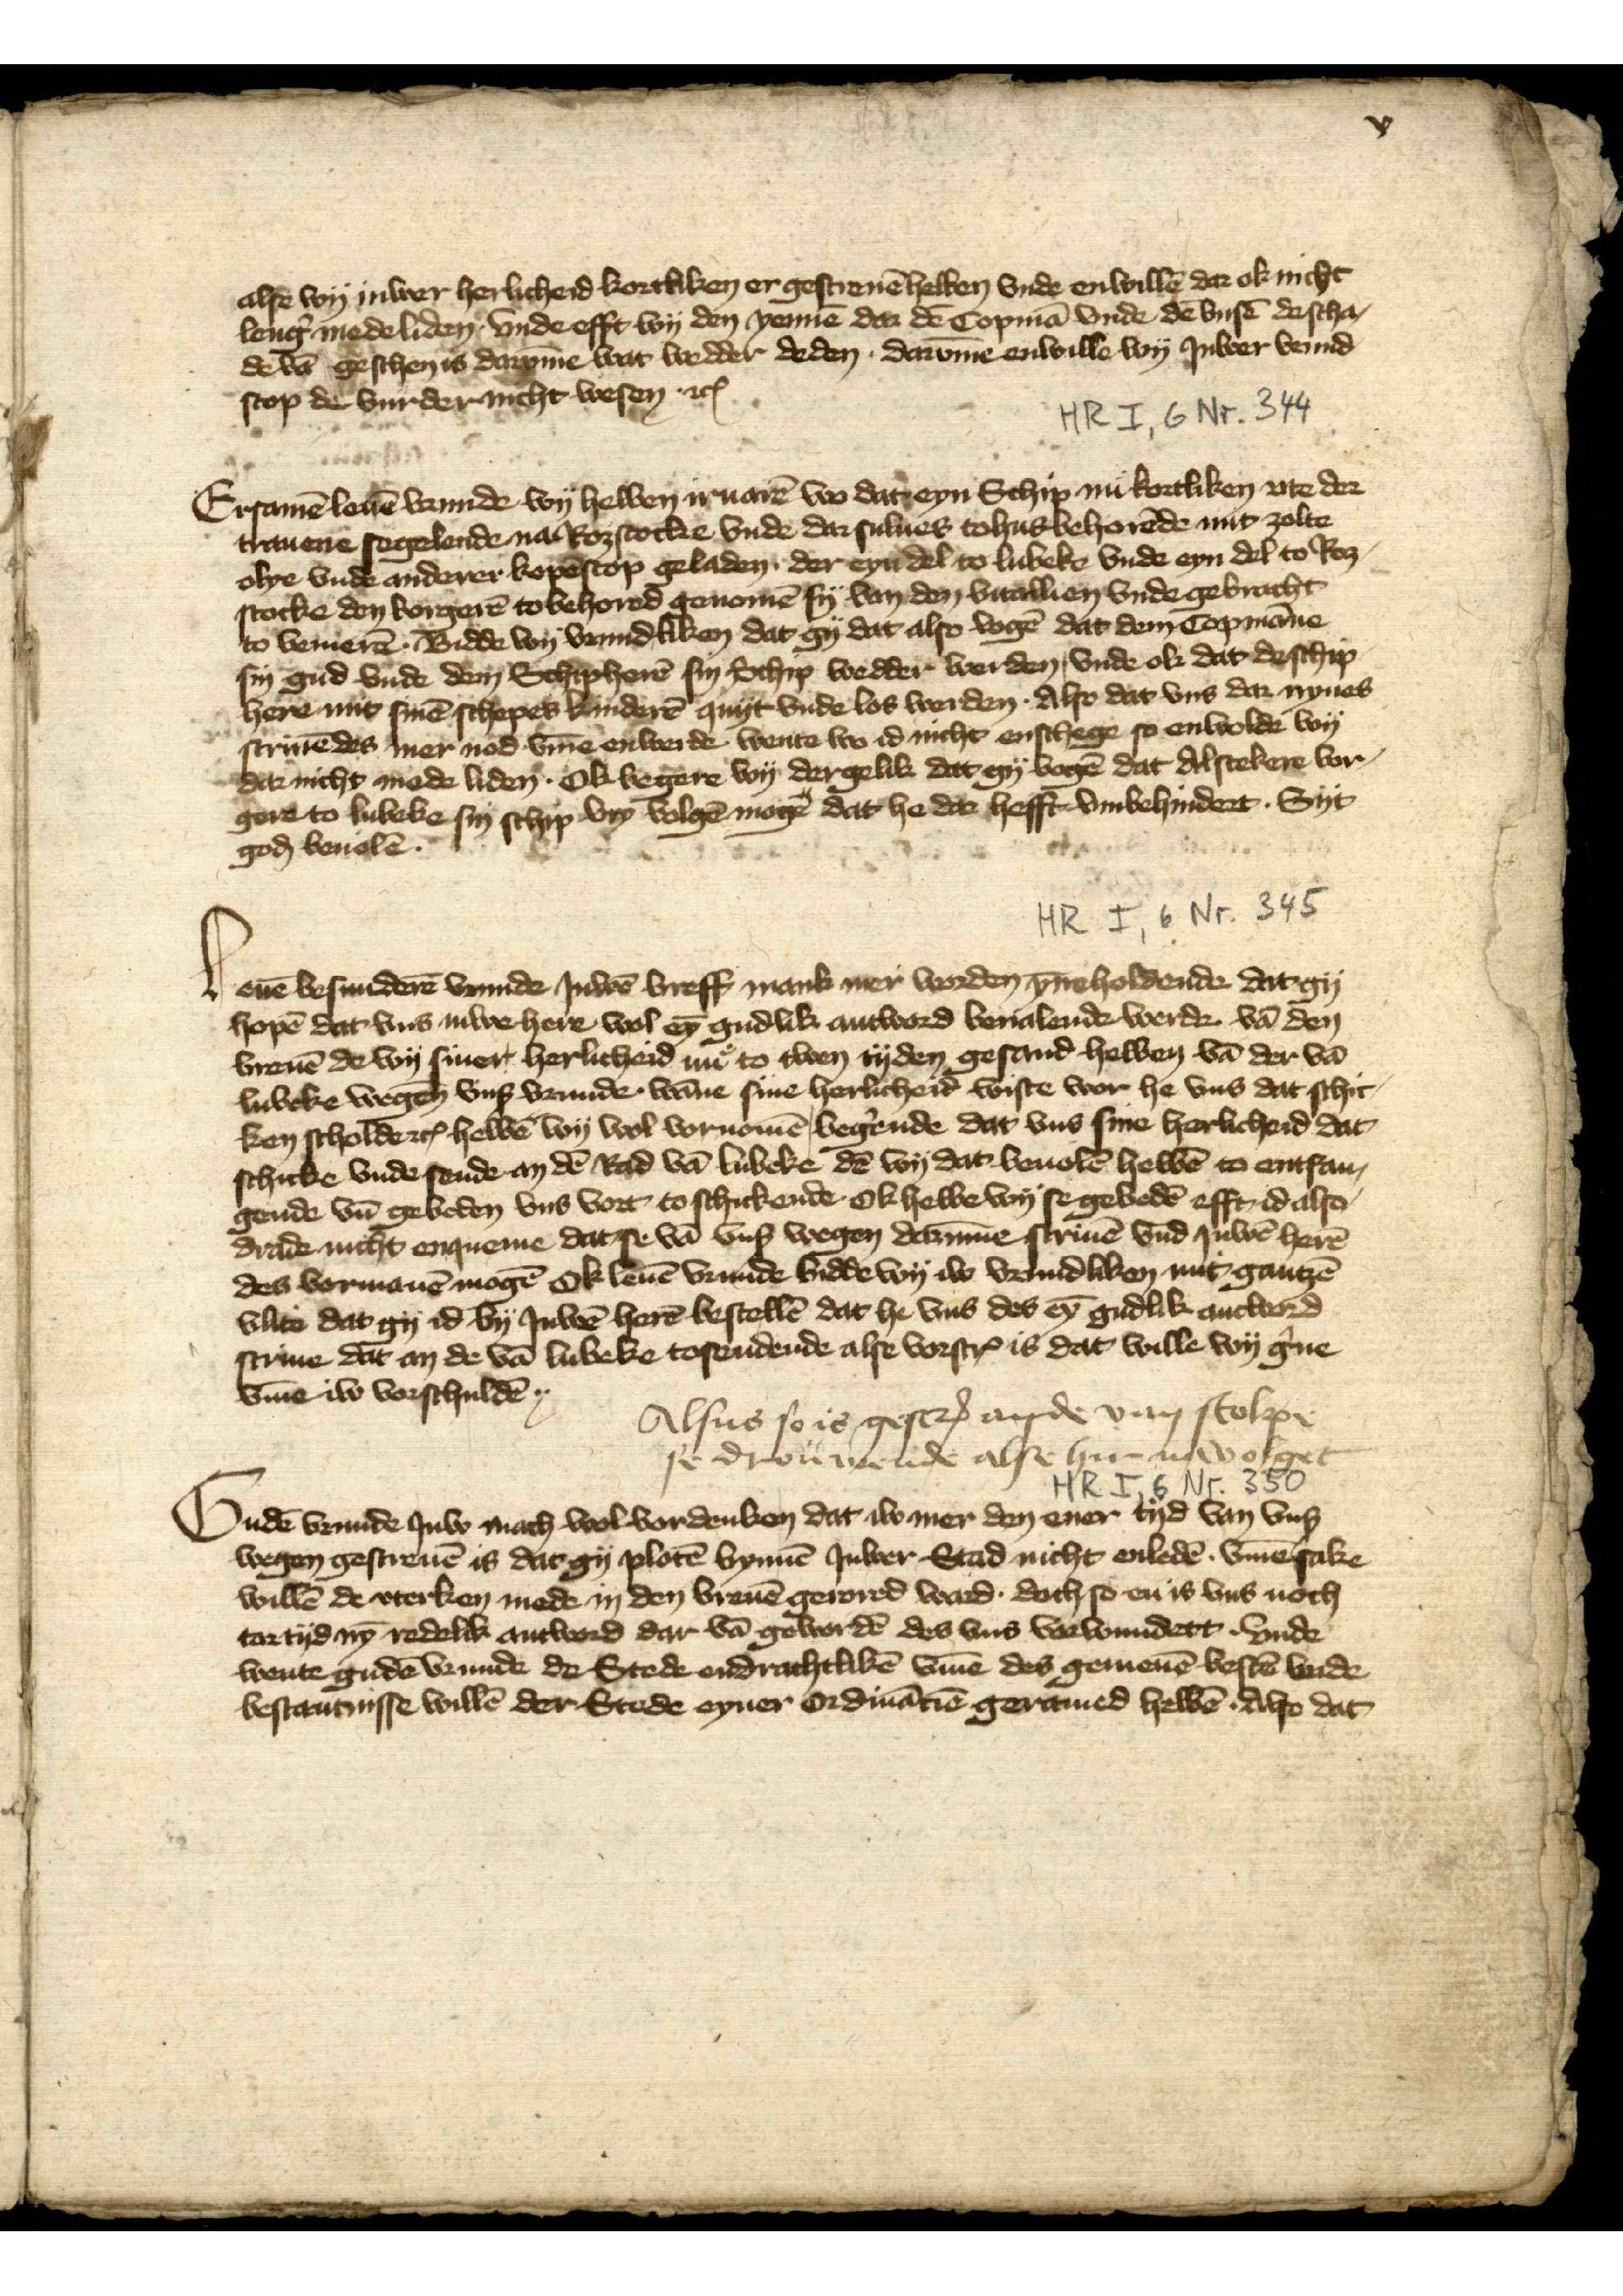
alse wy iuwer herlicheid kortliken er gescreuē hebben vnde enwillē da ok nicht
leng̉ medeliden vnde efft wy den yennē dar dē Copmā vnde dē vnsē de scha¬
de vā geschen is darūme wat wedder deden. darv̄me enwille wy Juwer vrund¬
scop de vurder nicht wesen etꝬ

Ersamē leuē vrunde wy hebben iruarē wo dat eyn Schip nu kortliken vte der
trauene segelende na Rozstocke vnde darsulues tohus behorēde mit zolte
olye vnde anderer kopescop geladen. der eyn del to Lubeke vnde eyn del to Ros¬
stocke den borgerē to behored genomē sy van den vitallien vnde gebracht
to vemerē. Bidde wy vrundliken dat gy dat also vogē dat dem Copmāne
syn gud vnde den Schipherē syn Schip wedder werden, vnde ok dat de schip¬
here mit sinē schepes kinderē quyt vnde los werden. Also dat vns dar nynes
scriuēdes mer nod v̄me enwerde. wente wo id nicht enschege so enwolde wy
dar nicht mede liden. Ok begere wy dergelike dat gy vogē dat Alstekere vor¬
gere to Lubeke sin schip vry volgē mogē dat he dar hefft vnbehindert. Syt
goḑ beuolē.

Leuē besunderē vrunde Juwē breff mank mer worden ȳneholdende dat gy
hopē dat vns iuwe here wol eȳ gudlik antword benalende werde vā den
breuē de wy siner herlicheid nu to twen tyden gesand hebben vā der vā
Lubeke wegen vnß  vrunde. wāne sine herlicheid wiste wor he vns dat schic¬
ken scholde etꝬ hebbē wy wol vornomē beg̉ende dat vns sine herlicheid dat
schicke vnde sende an dē Rad vā Lubeke dē wy dat beuoulē hebbē to entfan¬
gende vā gebeden vns vort to schickende Ok hebbe wy se gebedē efft id also
drade nicht enqueme dat se vā vnß wegen darūme scriuē vnd Juwē herē
des vormanē mogē ok leuē vrunde bidde wy iw vrundliken mit gantzē
vlite dat gy id by Juwē herē bestellē dat he vns des eȳ gudlik antword
sciue dat an de vā Lubeke tosendende alse vorscrꝬ is dat wille wy g̉ne
v̄me iw vorschuldē..

Alsus so is gescrꝬ an de van Stolpe
se droumende alse hir na volget

Gude vrunde Juw mach wo vordenken dat iw mer den ener tyd van vnß
wegen gescreuē is dat gy plotē bynnē Juwer Stad nicht enledē v̄mesake
willē de vterken mede in den breuē gerored ward doch so en is vns noch
tor tyd nȳ redelik antword dar vā gewordē des vns vorwundert. vnde
wente gudē vrunde de Stede endrachtlikē v̄me des gemenē bestē vnde
bestantinsse willē der Stede eyner ordināciē geramed hebbē. Also dat

v